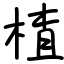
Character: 楂